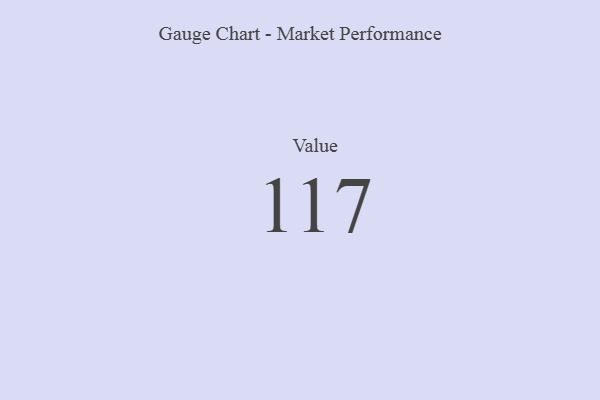
{"axis": {"x": "Metric", "y": "Value"}, "legend": [""], "data": [{"x": "Value", "y": 117, "type": ""}]}